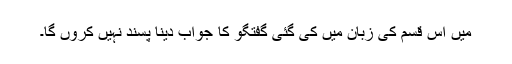
میں اس قسم کی زبان میں کی گئی گفتگو کا جواب دینا پسند نہیں کروں گا۔